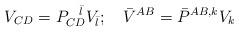
LaTeX: \begin{align*}V_{CD} = P_{CD}^{\ \ \bar l} V_{\bar l} ; \quad \bar V^{AB} = \bar P^{AB,k}V_k\end{align*}